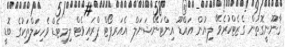
ޤާނޫނީގޮތުން ގެޒެޓްކުރެވޭ ލިޔުން އައްޑޫ އިންޓަނޭޝަނަލް އެއަރޕޯޓް ޕްރައިވެޓް ލިމިޓެޑް ވެހިކަލްތަކުގެ ބޮޑީ